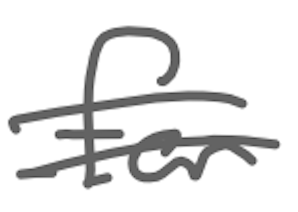
Text: for
Cross-out: double-line
Writing tool: digital_gray